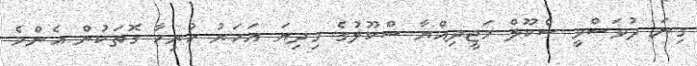
ގިނަ ދުވަސްވީ ސްކޫލް މަޖީދިއްޔާ ސްކޫލުގެ މިދިޔަ އަހަރު ހުރިހާ ގޮތަކުން އެންމެ